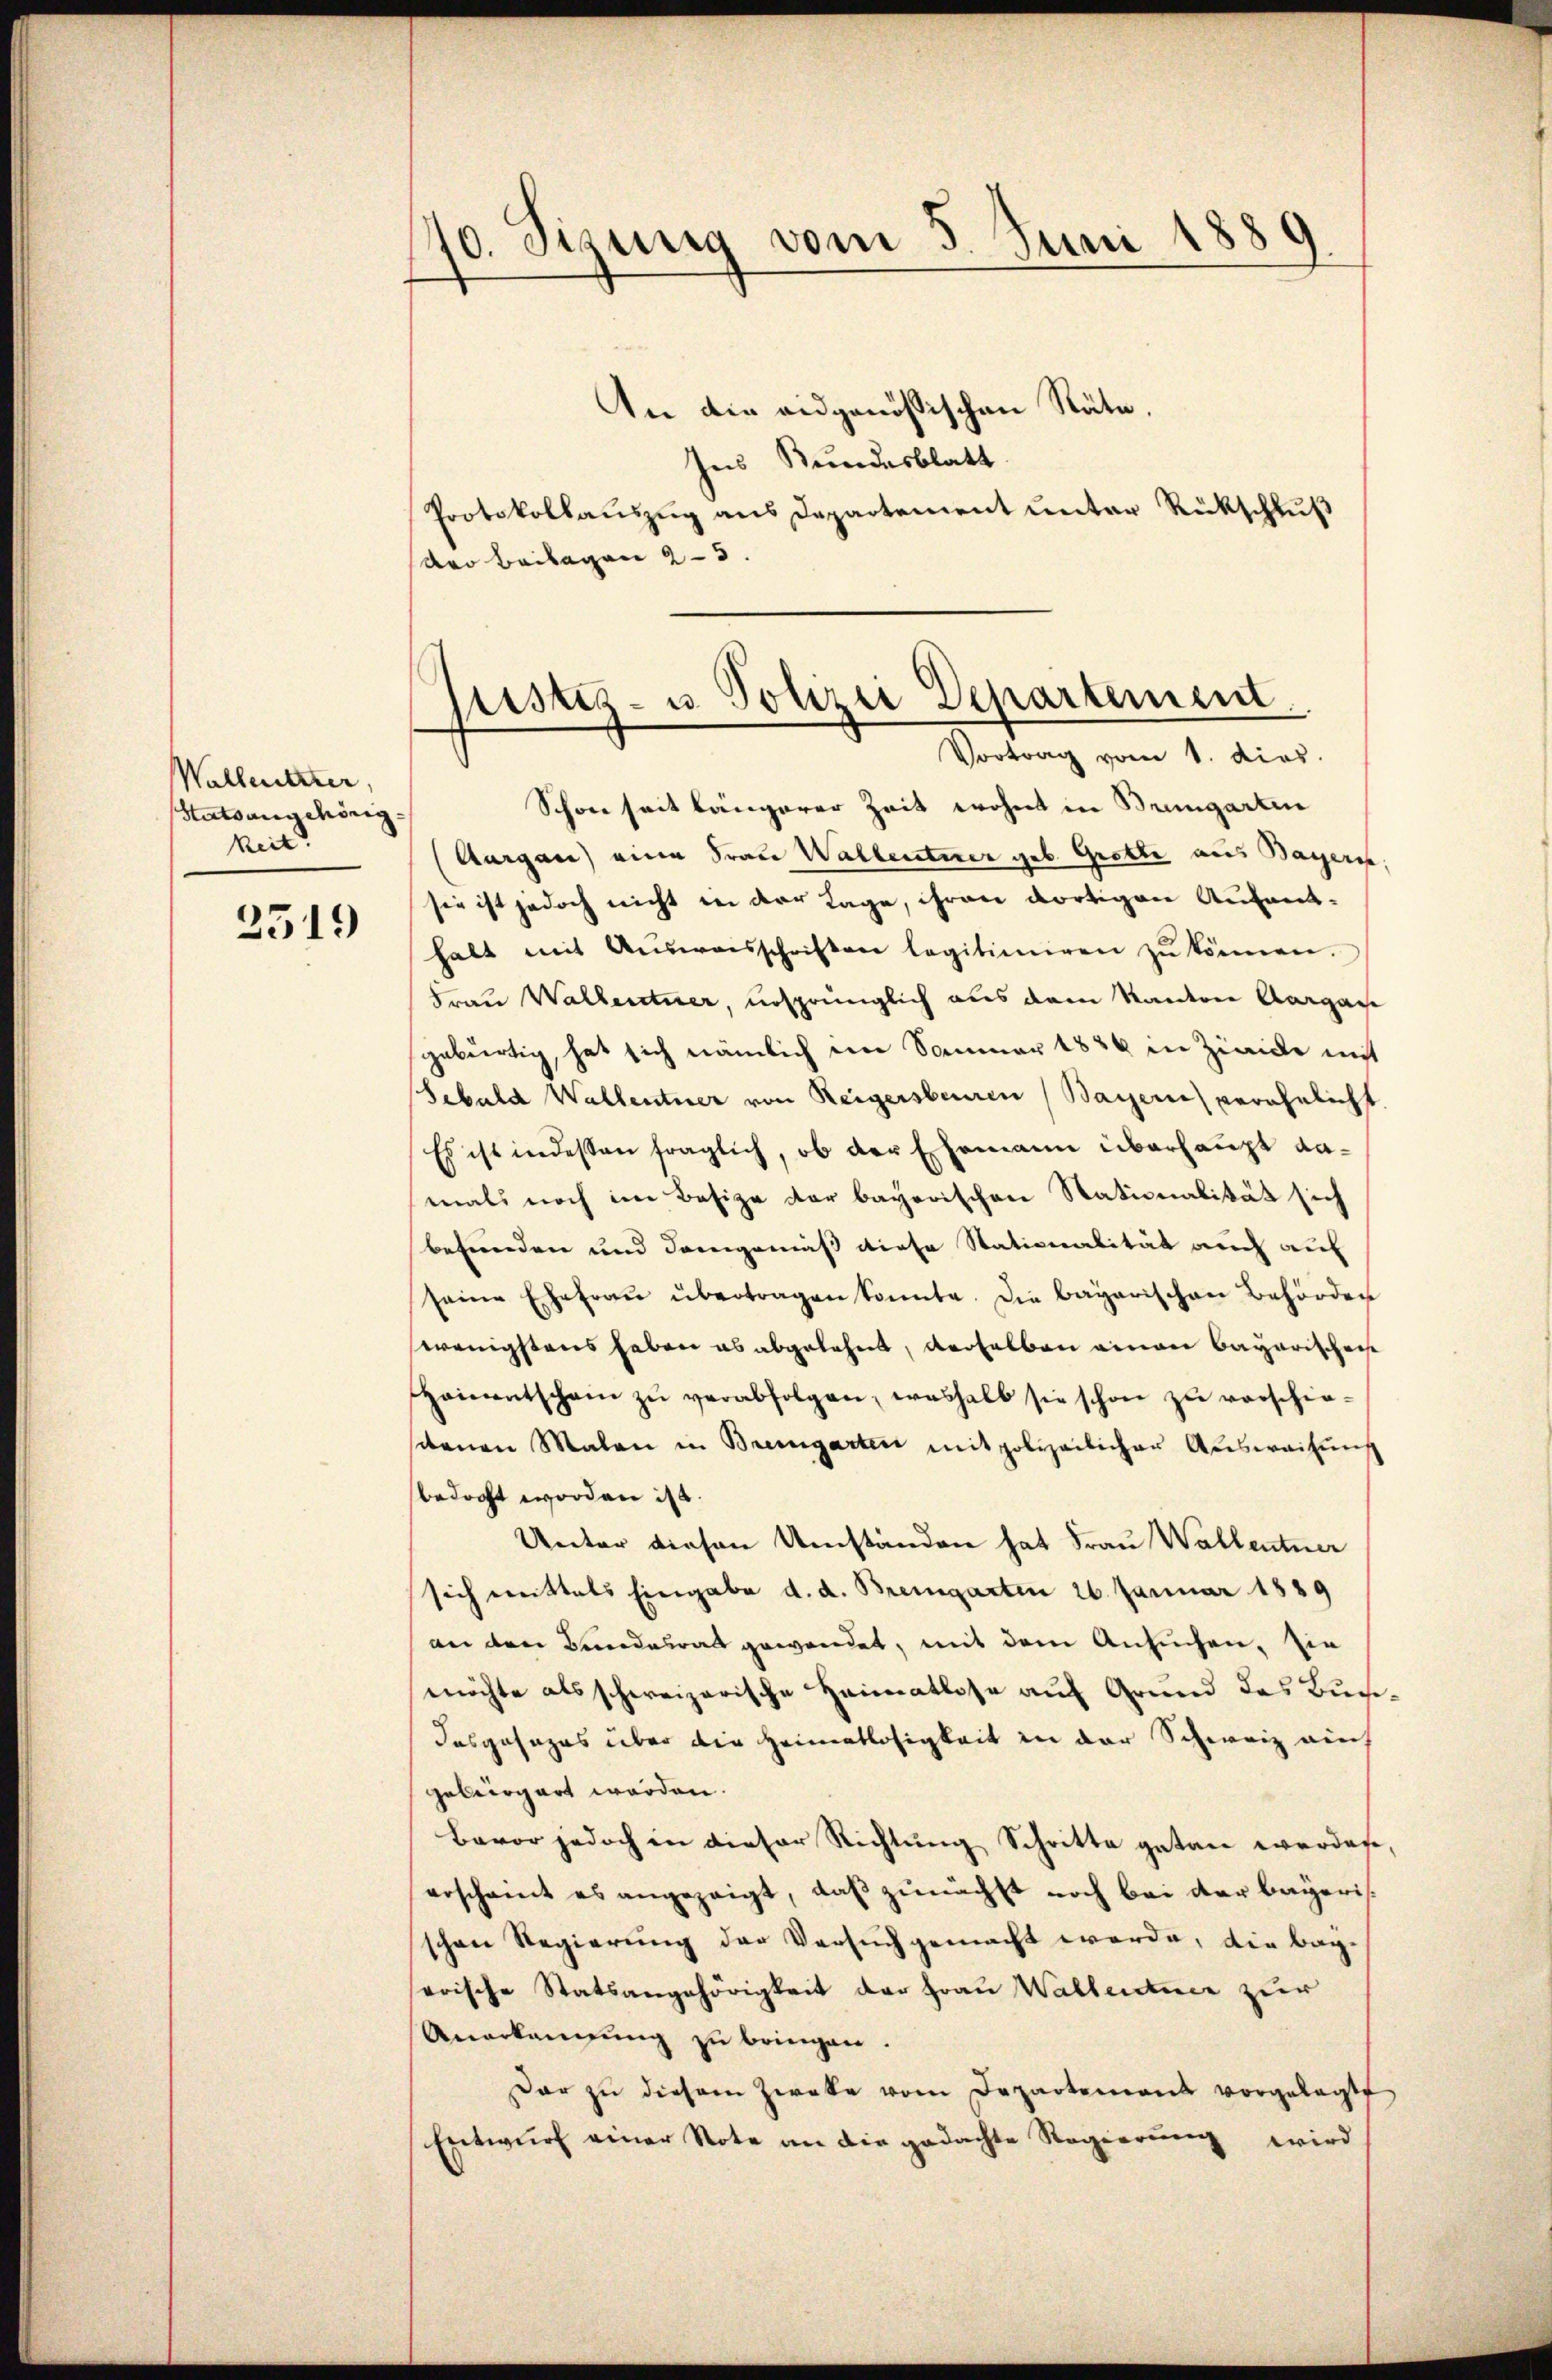
Walletzter
Statsangehörig
keit

2519

40. Sinnig vom 5. Juni 1880

An die eidgenössischen Räte.
Ins Bundesblatt
Protokollauszug aus Departement unter Rückschluß
der Beilagen 23.

ptistiz- u. Polizei Departement.
Vortrag vom 1. dies

Schon seit längerer Zeit wohnt in Brungarten
(Aargau) eine Frau Wallenterer geb. Grotte aus Bayers.
sie ist jedoch nicht in der Tage, ihren dortigen Aufenthalt mit Aŭsweisschriften legitimiren zŭ können.
Frau Walkentner, ursprünglich aus dem Randen Aargau
sgebürtig, hat sich nämlich im Sommer 1820 in Zinice mit
Sebald Wallentner von Reigersbeuren (Bayer verehelicht
Es ist indessen fraglich, ob der Ehemann überhaupt damals noch im Besize der bayerischen Stationalität sich
befunden und demgemäß diese Stationalität auch auf
seine Ehefraŭ übertragen konnte. Die bagarischen Behörden
wenigstens haben es abgelehnt, derselben einen Bayerischei
Haimentschein zŭ verabfolgen, weshalb sie schon zŭ verschie-
setenen Malen in Bremgarten mit polizeilicher Auswaihung
bedacht worden ist.
Unter diesen Umständen hat Frau Wallentner
sich mittels Eingabe d. d. Bremgarten 26. Januar 1889
an den Bundesrat gewendet, mit dem Ansuchen, sie
möchte als schweizerische Heimatlose auf Grund das Buch¬
Dasgesages über die Heimatlosigkeit in der Schweiz auch
gebirgart werden.
Bavor jedoch in dieser Richtung Schritte getan everdes,
erscheint es angezeigt, daß zunächst noch bei der Bayeris
schon Regierung der Versuch gemacht werde, die bay-
serische Statsangehörigkeit der Frau Wallentner zur
Anerkennung zu bringen.
dar zu diesem Zweke vom Departement vorgelegte
Entwŭrf einer Note an die gedachte Regierŭng wird